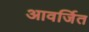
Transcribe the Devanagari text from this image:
आवर्जित